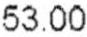
53.00